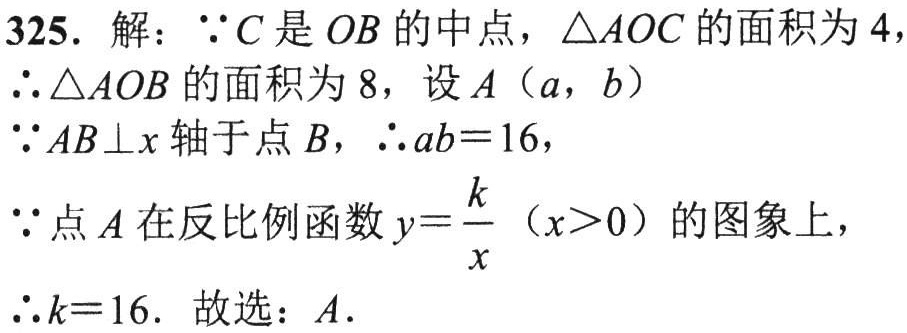
325. 解：\(\because C\)是\(OB\)的中点，\(\triangle AOC\)的面积为\(4\)，

\(\therefore \triangle AOB\)的面积为\(8\)，设\(A(a,b)\)

\(\because AB\perp x\)轴于点\(B\)，\(\therefore ab = 16\)，

\(\because\)点\(A\)在反比例函数\(y = \dfrac{k}{x}(x>0)\)的图象上，

\(\therefore k = 16\). 故选：\(A\).